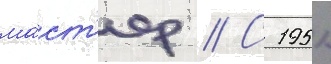
ма́ст'ер // С 1951